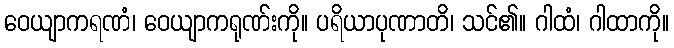
ဝေယျာကရဏံ၊ ဝေယျာကရုဏ်းကို။ ပရိယာပုဏာတိ၊ သင်၏။ ဂါထံ၊ ဂါထာကို။